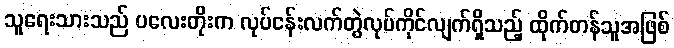
သူရေးသားသည် ပလေးတိုးက လုပ်ငန်းလက်တွဲလုပ်ကိုင်လျက်ရှိသည့် ထိုက်တန်သူအဖြစ်